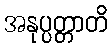
အနုပ္ပတ္တာတိ